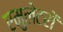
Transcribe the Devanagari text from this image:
एमुलेटरों